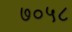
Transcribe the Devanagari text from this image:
७०५८